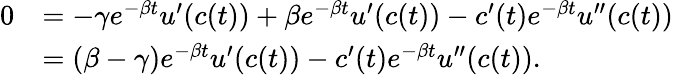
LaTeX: \begin{array}{rl}{0}&{=-\gamma e^{-\beta t}u^{\prime}(c(t))+\beta e^{-\beta t}u^{\prime}(c(t))-c^{\prime}(t)e^{-\beta t}u^{\prime\prime}(c(t))}\\ &{=(\beta-\gamma)e^{-\beta t}u^{\prime}(c(t))-c^{\prime}(t)e^{-\beta t}u^{\prime\prime}(c(t)).}\end{array}